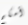
أمكم